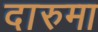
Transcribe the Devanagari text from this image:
दारुमा